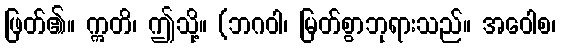
ဖြတ်၏။ ဣတိ၊ ဤသို့။ (ဘဂဝါ၊ မြတ်စွာဘုရားသည်။ အဝေါစ၊